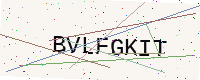
Text: BVLFGKIT